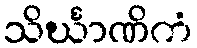
သိင်္ဃာဏိကံ